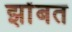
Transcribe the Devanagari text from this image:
झोंबत